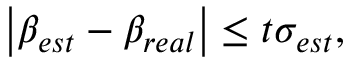
\left| \beta _ { e s t } - \beta _ { r e a l } \right| \leq t \sigma _ { e s t } ,